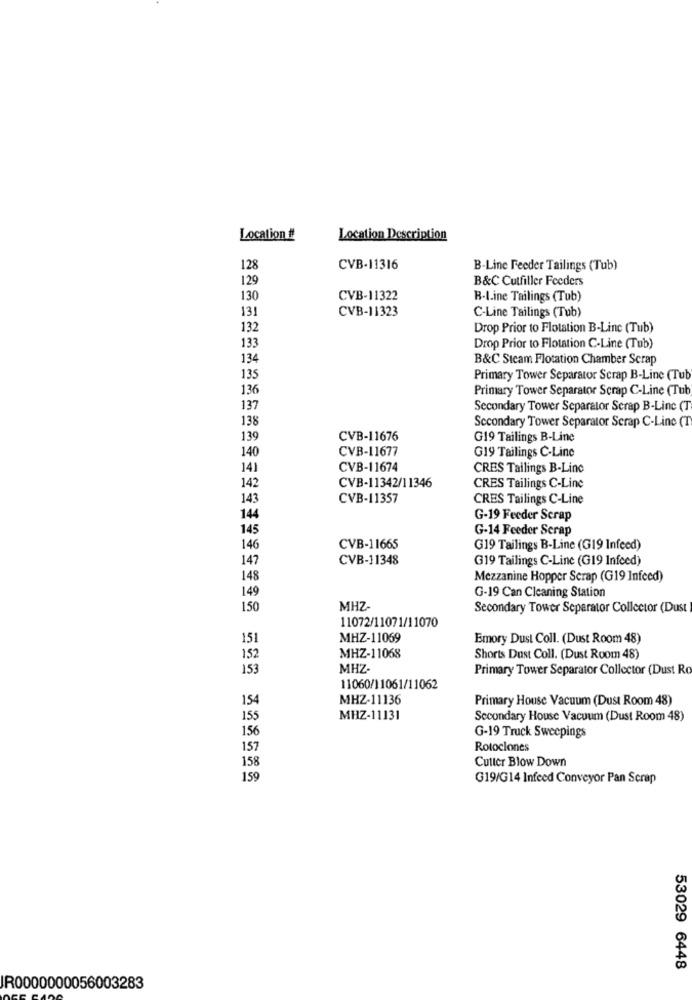
Location #
Location Description
128
CVB-11316
B-Line Feeder Tailings (Tub)
129
B&C Cutfiller Feeders
130
CVB-11322
R-Line Tailings (Tub)
131
CVB-11323
C-Line Tailings (Tub)
132
Drop Prior to Flotation B-Line (Tub)
133
Drop Prior to Flotation C-Line (Tub)
134
B&C Sicam Flotation Chamber Scrap
135
Primary Tower Separator Scrap B-Line (Tub
136
Primary Tower Separator Scrap C-Line (Tub
137
Secondary Tower Separator Scrap B-Line (T
138
Secondary Tower Separator Serap C-Line (T
139
CVB-11676
G19 Tailings B-Line
140
CVB-11677
G19 Tailings C-Line
141
CVB-11674
CRES Tailings B-Line
142
CVB-11342/11346
CRES Tailings C-Line
143
CVB-11357
CRES Tailings C-Line
144
G-19 Feeder Scrap
145
G-14 Feeder Serap
146
CVB-11665
G19 Tailings B-Line (G19 Infeed)
147
CVB-11348
G19 Tailings C-Line (G19 Infeed)
148
Mezzanine Hopper Scrap (G19 Infeed)
149
G-19 Can Cleaning Station
150
MHZ
Secondary Tower Separator Collector (Dust
11072/11071/11070
151
MHZ-11069
Emory Dust Coll. (Dust Room 48)
152
MHZ-11068
Shorts Dust Coll. (Dust Room 48)
153
MHZ
Primary Tower Separator Collector (Dust Ro
11060/11061/11062
154
MHZ-11136
Primary House Vacuum (Dust Room 48)
155
MHZ-11131
Secondary House Vacuum (Dust Room 48)
156
G-19 Truck Sweepings
157
Rotoclones
158
Cutler Blow Down
159
G19/G14 Infeed Conveyor Pan Scrap
53029 6448
IR0000000056003283